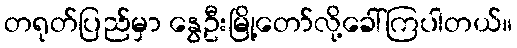
တရုတ်ပြည်မှာ နွေဦးမြို့တော်လို့ခေါ်ကြပါတယ်။